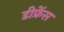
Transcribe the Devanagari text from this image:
डीफ्रेंस